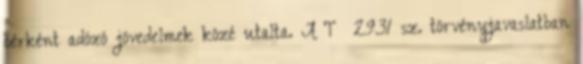
bérként adózó jövedelmek közé utalta. A T 2931 sz. törvényjavaslatban